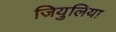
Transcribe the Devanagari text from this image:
जियुलिया